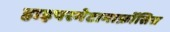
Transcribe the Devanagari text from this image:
हाइपरमेटामार्फ़ोसिस